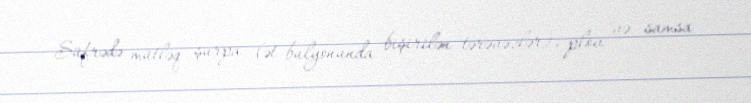
Süfrədə mütləq şurpa (ət bulyonunda bişirilən tərəvəzlər), plov və samsa